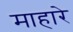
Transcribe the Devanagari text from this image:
माहारे